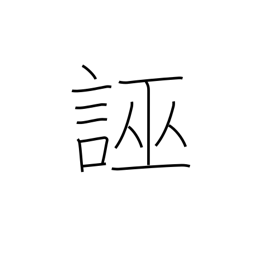
Meaning: slander